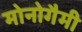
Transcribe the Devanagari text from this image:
मोनोगैमी